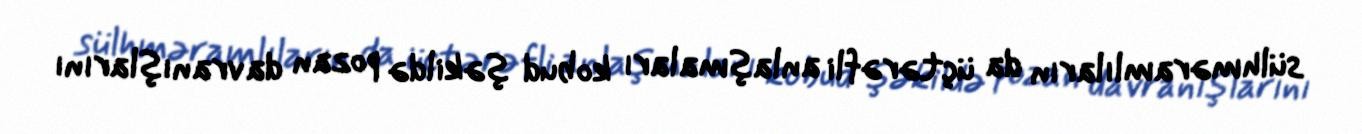
sülhməramlıların da üçtərəfli anlaşmaları kobud şəkildə pozan davranışlarını